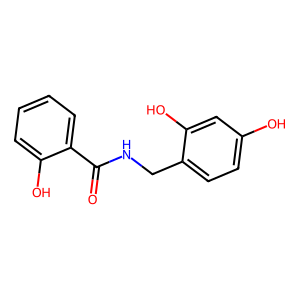
SMILES: O=C(NCc1ccc(O)cc1O)c1ccccc1O
Inhibits HIV replication: No